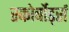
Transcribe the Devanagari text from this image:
स्कोर्बोर्ड्स